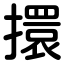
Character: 擐